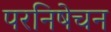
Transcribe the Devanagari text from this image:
परनिषेचन